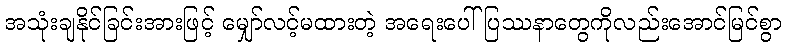
အသုံးချနိုင်ခြင်းအားဖြင့် မျှော်လင့်မထားတဲ့ အရေးပေါ်ပြဿနာတွေကိုလည်းအောင်မြင်စွာ